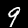
Label: 9